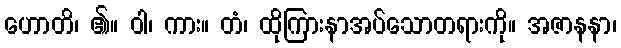
ဟောတိ၊ ၏။ ဝါ၊ ကား။ တံ၊ ထိုကြားနာအပ်သောတရားကို။ အဇာနနာ၊